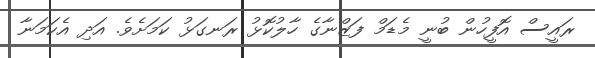
ރައީސް އޮފީހުން ބުނީ މެޑަމް ފަޒްނާގެ ހާލުކޮޅު ރަނގަޅު ކަމަށެވެ. އަދި އެކަމަނާ